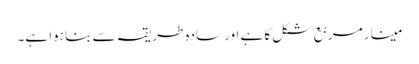
مینار مربع شکل کا ہے اور سادہ طریقہ سے بنا ہوا ہے۔